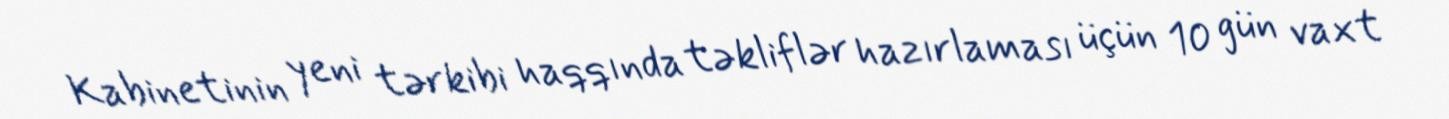
Kabinetinin yeni tərkibi haqqında təkliflər hazırlaması üçün 10 gün vaxt